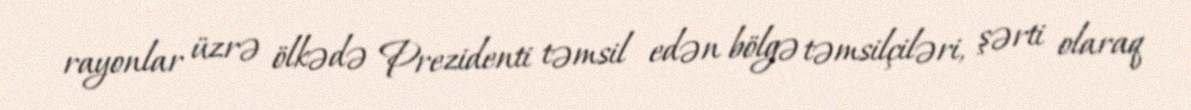
rayonlar üzrə ölkədə Prezidenti təmsil edən bölgə təmsilçiləri, şərti olaraq